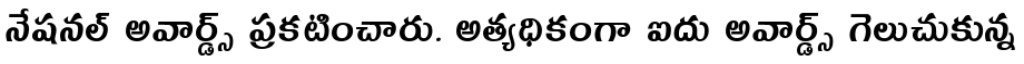
నేషనల్ అవార్డ్స్ ప్రకటించారు. అత్యధికంగా ఐదు అవార్డ్స్ గెలుచుకున్న